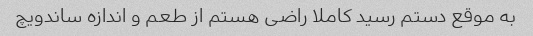
به موقع دستم رسید کاملا راضی هستم از طعم و اندازه ساندویچ